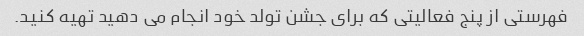
فهرستی از پنج فعالیتی که برای جشن تولد خود انجام می دهید تهیه کنید.